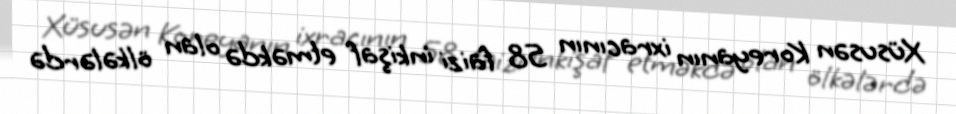
Xüsusən Koreyanın ixracının 58 faizi inkişaf etməkdə olan ölkələrdə